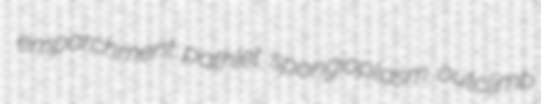
emparchment pathlet spongioplasm outclimb